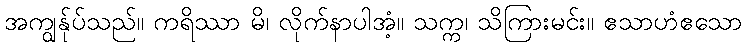
အကျွန်ုပ်သည်။ ကရိဿာ မိ၊ လိုက်နာပါအံ့။ သက္က၊ သိကြားမင်း။ ဧသာဟံဧသော